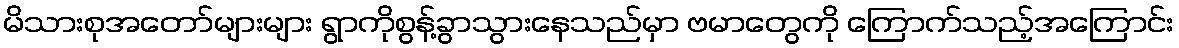
မိသားစုအတော်များများ ရွာကိုစွန့်ခွာသွားနေသည်မှာ ဗမာတွေကို ကြောက်သည့်အကြောင်း